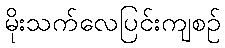
မိုးသက်လေပြင်းကျစဉ်